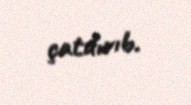
çatdırıb.